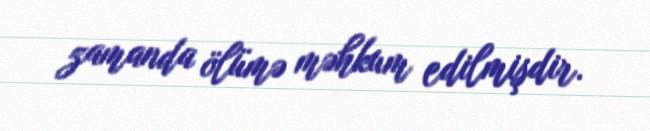
zamanda ölümə məhkum edilmişdir.